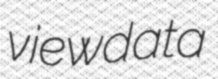
viewdata